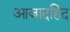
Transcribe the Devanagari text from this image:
आजादहिंद